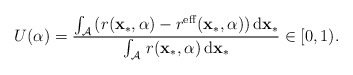
\begin{align*}U(\alpha)=\frac{\int_{\mathcal{A}}\,(r(\mathbf{x}_{*},\alpha)-r^{\mathrm{eff}}(\mathbf{x}_{*},\alpha))\,\mathrm{d}\mathbf{x}_{*}}{\int_{\mathcal{A}}\, r(\mathbf{x}_{*},\alpha)\,\mathrm{d}\mathbf{x}_{*}}\in[0,1).\end{align*}